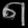
Digit: ၈